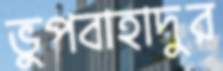
ভুপবাহাদুর